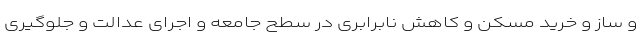
و ساز و خرید مسکن و کاهش نابرابری در سطح جامعه و اجرای عدالت و جلوگیری